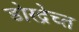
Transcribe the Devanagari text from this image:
डोरद्रेच्त